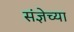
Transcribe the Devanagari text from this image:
संज्ञेच्या